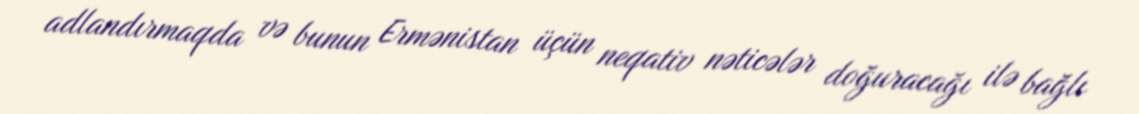
adlandırmaqda və bunun Ermənistan üçün neqativ nəticələr doğuracağı ilə bağlı